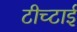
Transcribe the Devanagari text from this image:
टीच्टाई